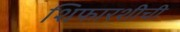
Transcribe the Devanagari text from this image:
शिफारशीची